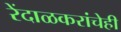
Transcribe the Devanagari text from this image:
रेंदाळकरांचेही